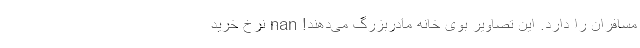
مسافران را دارد. این تصاویر بوی خانه‌ مادربزرگ می‌دهند! nan نرخ خرید